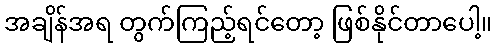
အချိန်အရ တွက်ကြည့်ရင်တော့ ဖြစ်နိုင်တာပေါ့။